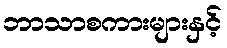
ဘာသာစကားများနှင့်